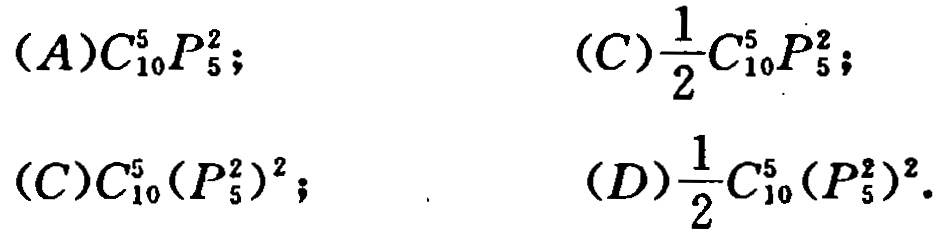
\[(A)C_{10}^{5}P_{5}^{2};\quad (C)\frac{1}{2}C_{10}^{5}P_{5}^{2};\\

(C)C_{10}^{5}(P_{5}^{2})^{2};\quad (D)\frac{1}{2}C_{10}^{5}(P_{5}^{2})^{2}.\]